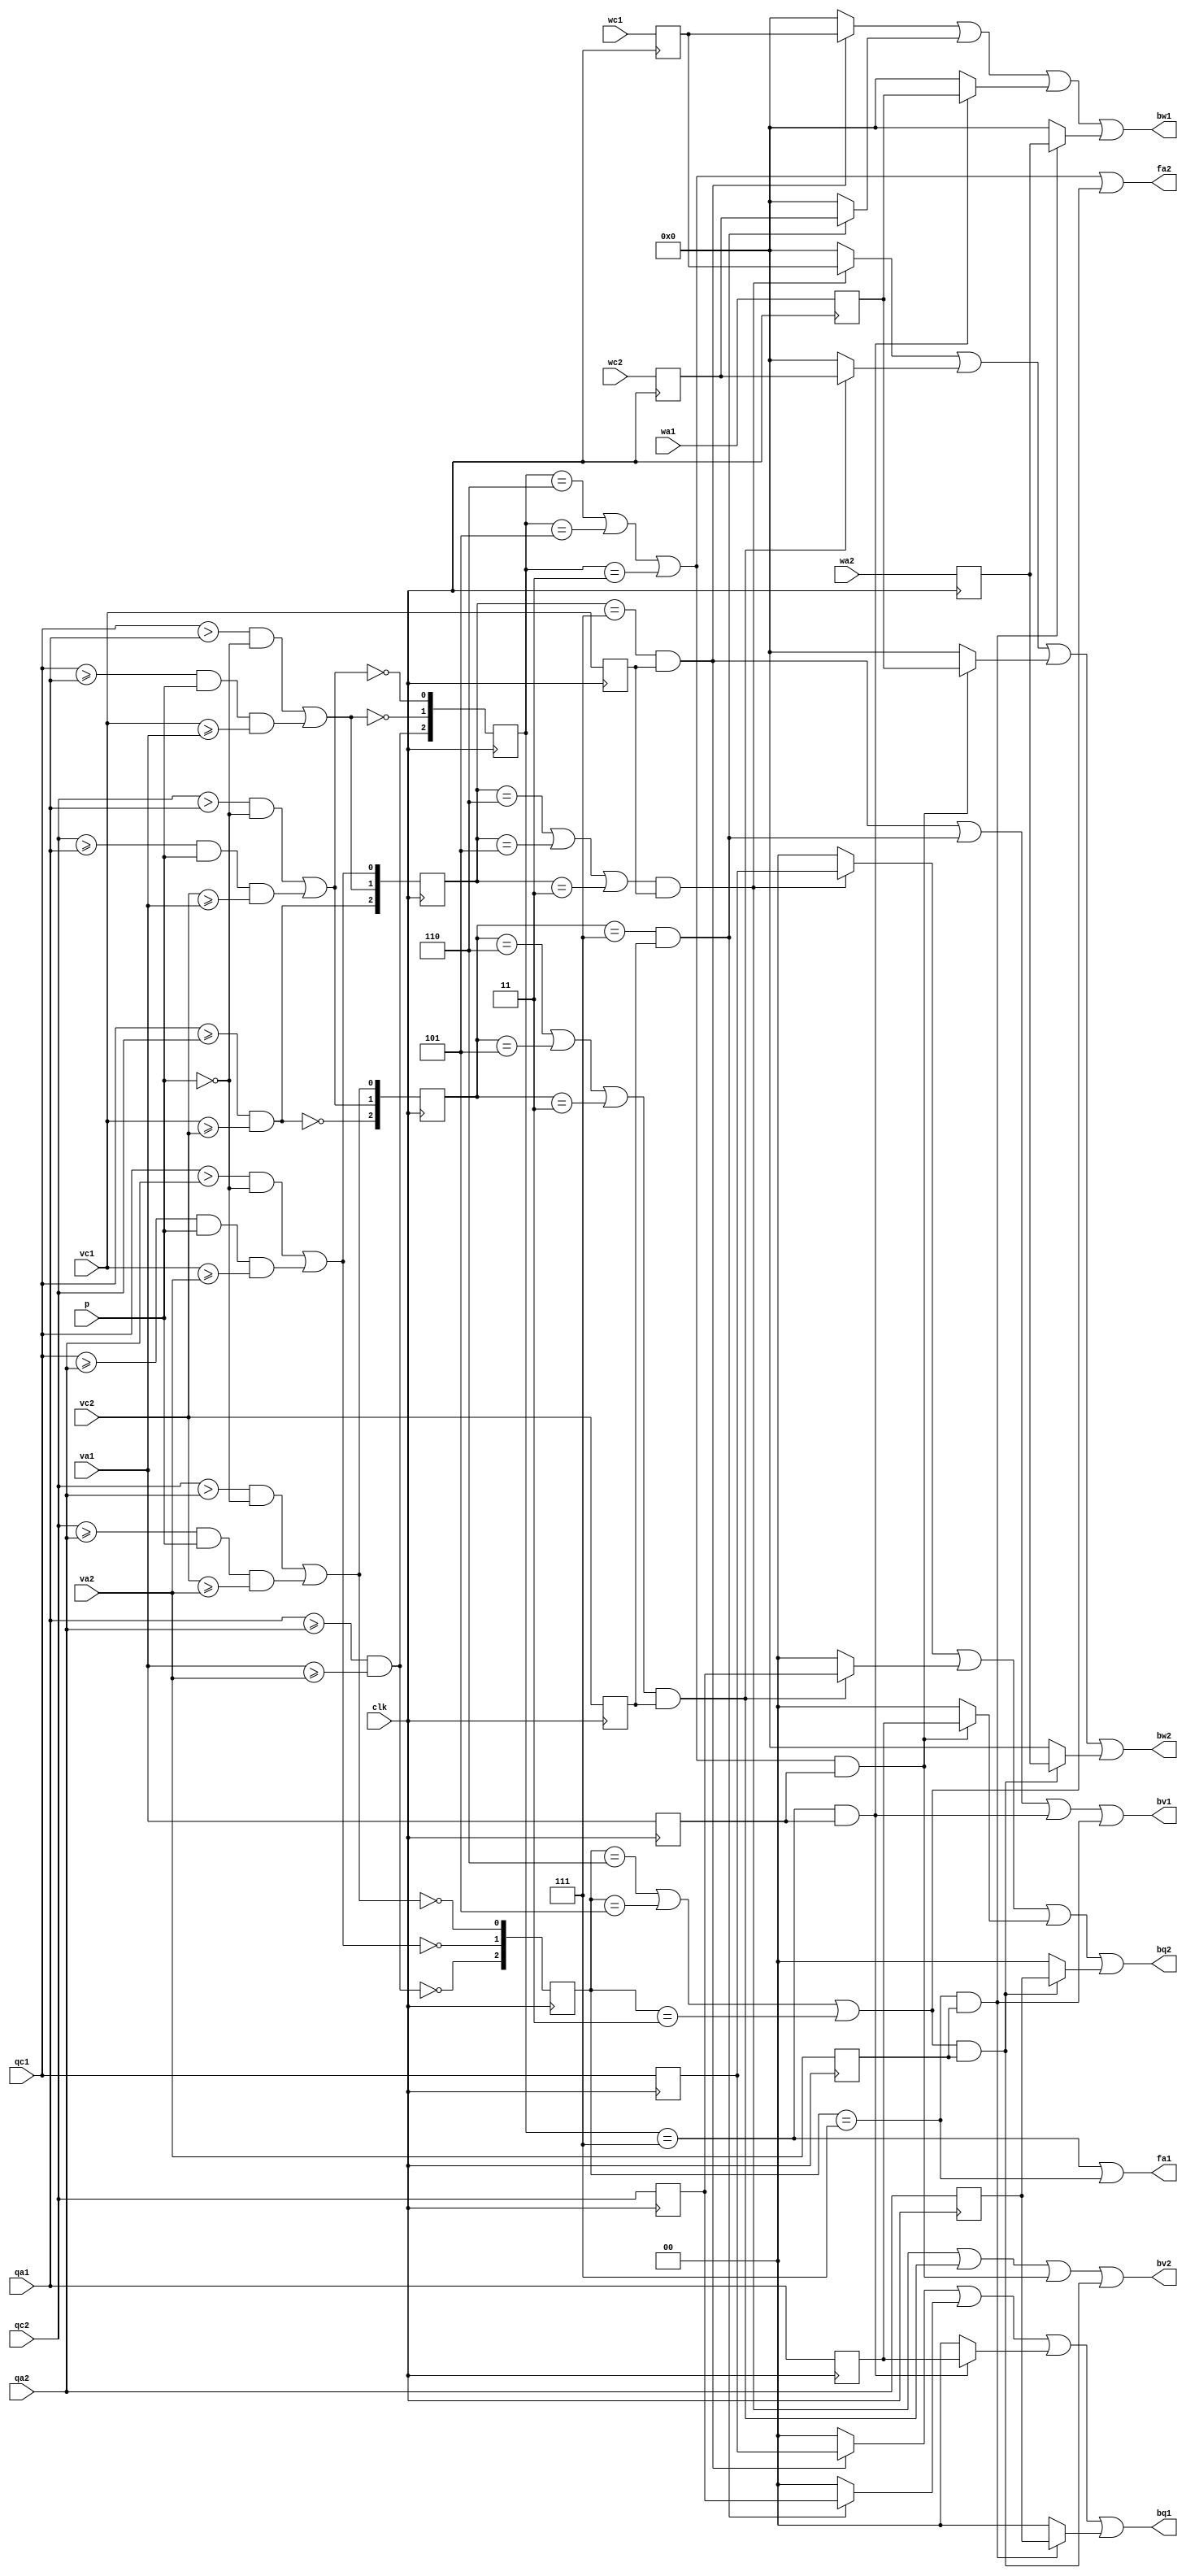
// This  Verilog HDL  source  file was  automatically generated
// by C++ model based on VPP library. Modification of this file
// is possible, but if you want to keep it in sync with the C++
// model,  please  modify  the model and re-generate this file.
// VPP library web-page: http://www.phys.ufl.edu/~madorsky/vpp/

// Timestamp : Mon Aug  6 09:16:30 2012

module promoter_rl
(
    wc1,
    qc1,
    vc1,
    wc2,
    qc2,
    vc2,
    wa1,
    qa1,
    va1,
    wa2,
    qa2,
    va2,
    bw1,
    bq1,
    fa1,
    bv1,
    bw2,
    bq2,
    fa2,
    bv2,
    p,
    clk
);

    input [6:0] wc1;
    input [1:0] qc1;
    input vc1;
    input [6:0] wc2;
    input [1:0] qc2;
    input vc2;
    input [6:0] wa1;
    input [1:0] qa1;
    input va1;
    input [6:0] wa2;
    input [1:0] qa2;
    input va2;
    output [6:0] bw1;
    reg    [6:0] bw1;
    output [1:0] bq1;
    reg    [1:0] bq1;
    output fa1;
    reg    fa1;
    output bv1;
    reg    bv1;
    output [6:0] bw2;
    reg    [6:0] bw2;
    output [1:0] bq2;
    reg    [1:0] bq2;
    output fa2;
    reg    fa2;
    output bv2;
    reg    bv2;
    input p;
    input clk;

    reg c1c2;
    reg c1a1;
    reg c1a2;
    reg c2a1;
    reg c2a2;
    reg a1a2;
    reg [2:0] rc1;
    reg [2:0] rc2;
    reg [2:0] ra1;
    reg [2:0] ra2;
    reg b1c1;
    reg b1c2;
    reg b1a1;
    reg b1a2;
    reg b2c1;
    reg b2c2;
    reg b2a1;
    reg b2a2;
    reg [6:0] wc1and1;
    reg [1:0] qc1and1;
    reg [6:0] wc2and1;
    reg [1:0] qc2and1;
    reg [6:0] wa1and1;
    reg [1:0] qa1and1;
    reg [6:0] wa2and1;
    reg [1:0] qa2and1;
    reg [6:0] wc1and2;
    reg [1:0] qc1and2;
    reg [6:0] wc2and2;
    reg [1:0] qc2and2;
    reg [6:0] wa1and2;
    reg [1:0] qa1and2;
    reg [6:0] wa2and2;
    reg [1:0] qa2and2;
    reg vc1and1;
    reg vc2and1;
    reg va1and1;
    reg va2and1;
    reg vc1and2;
    reg vc2and2;
    reg va1and2;
    reg va2and2;
    reg vc1r;
    reg vc2r;
    reg va1r;
    reg va2r;
    reg [1:0] qc1r;
    reg [1:0] qc2r;
    reg [1:0] qa1r;
    reg [1:0] qa2r;
    reg [6:0] wc1r;
    reg [6:0] wc2r;
    reg [6:0] wa1r;
    reg [6:0] wa2r;
    always @(posedge clk) 
    begin
        c1c2 = (qc1 >= qc2) && (vc1 >= vc2);
        a1a2 = (qa1 >= qa2) && (va1 >= va2);
        c1a1 = ((qc1 > qa1) && (!p)) || (((qc1 >= qa1) && p) && (vc1 >= va1));
        c1a2 = ((qc1 > qa2) && (!p)) || (((qc1 >= qa2) && p) && (vc1 >= va2));
        c2a1 = ((qc2 > qa1) && (!p)) || (((qc2 >= qa1) && p) && (vc2 >= va1));
        c2a2 = ((qc2 > qa2) && (!p)) || (((qc2 >= qa2) && p) && (vc2 >= va2));
        rc1 = {c1c2, c1a1, c1a2};
        rc2 = {!c1c2, c2a1, c2a2};
        ra1 = {a1a2, !c1a1, !c2a1};
        ra2 = {!a1a2, !c1a2, !c2a2};
        vc1r = vc1;
        vc2r = vc2;
        va1r = va1;
        va2r = va2;
        wc1r = wc1;
        qc1r = qc1;
        wc2r = wc2;
        qc2r = qc2;
        wa1r = wa1;
        qa1r = qa1;
        wa2r = wa2;
        qa2r = qa2;
    end
    always @(rc1 or rc2 or ra1 or ra2 or vc1r or vc2r or va1r or va2r or wc1r or qc1r or wc2r or qc2r or wa1r or qa1r or wa2r or qa2r) 
    begin
        bw1 = 0;
        bq1 = 0;
        fa1 = 0;
        bw2 = 0;
        bq2 = 0;
        fa2 = 0;
        b1c1 = rc1 == 7;
        b1c2 = rc2 == 7;
        b1a1 = ra1 == 7;
        b1a2 = ra2 == 7;
        b2c1 = ((rc1 == 6) || (rc1 == 5)) || (rc1 == 3);
        b2c2 = ((rc2 == 6) || (rc2 == 5)) || (rc2 == 3);
        b2a1 = ((ra1 == 6) || (ra1 == 5)) || (ra1 == 3);
        b2a2 = ((ra2 == 6) || (ra2 == 5)) || (ra2 == 3);
        vc1and1 = b1c1 && vc1r;
        wc1and1 = (b1c1 && vc1r) ? wc1r : 0;
        qc1and1 = (b1c1 && vc1r) ? qc1r : 0;
        vc2and1 = b1c2 && vc2r;
        wc2and1 = (b1c2 && vc2r) ? wc2r : 0;
        qc2and1 = (b1c2 && vc2r) ? qc2r : 0;
        va1and1 = b1a1 && va1r;
        wa1and1 = (b1a1 && va1r) ? wa1r : 0;
        qa1and1 = (b1a1 && va1r) ? qa1r : 0;
        va2and1 = b1a2 && va2r;
        wa2and1 = (b1a2 && va2r) ? wa2r : 0;
        qa2and1 = (b1a2 && va2r) ? qa2r : 0;
        vc1and2 = b2c1 && vc1r;
        wc1and2 = (b2c1 && vc1r) ? wc1r : 0;
        qc1and2 = (b2c1 && vc1r) ? qc1r : 0;
        vc2and2 = b2c2 && vc2r;
        wc2and2 = (b2c2 && vc2r) ? wc2r : 0;
        qc2and2 = (b2c2 && vc2r) ? qc2r : 0;
        va1and2 = b2a1 && va1r;
        wa1and2 = (b2a1 && va1r) ? wa1r : 0;
        qa1and2 = (b2a1 && va1r) ? qa1r : 0;
        va2and2 = b2a2 && va2r;
        wa2and2 = (b2a2 && va2r) ? wa2r : 0;
        qa2and2 = (b2a2 && va2r) ? qa2r : 0;
        bv1 = ((vc1and1 | vc2and1) | va1and1) | va2and1;
        bw1 = ((wc1and1 | wc2and1) | wa1and1) | wa2and1;
        bq1 = ((qc1and1 | qc2and1) | qa1and1) | qa2and1;
        fa1 = b1a1 || b1a2;
        bv2 = ((vc1and2 | vc2and2) | va1and2) | va2and2;
        bw2 = ((wc1and2 | wc2and2) | wa1and2) | wa2and2;
        bq2 = ((qc1and2 | qc2and2) | qa1and2) | qa2and2;
        fa2 = b2a1 || b2a2;
    end
endmodule